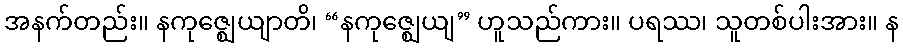
အနက်တည်း။ နကုဇ္ဈေယျာတိ၊ “နကုဇ္ဈေယျ” ဟူသည်ကား။ ပရဿ၊ သူတစ်ပါးအား။ န